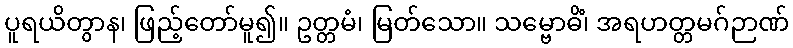
ပူရယိတွာန၊ ဖြည့်တော်မူ၍။ ဥတ္တမံ၊ မြတ်သော။ သမ္ဗောဓိံ၊ အရဟတ္တမဂ်ဉာဏ်